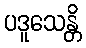
ပဒူသေန္တိ